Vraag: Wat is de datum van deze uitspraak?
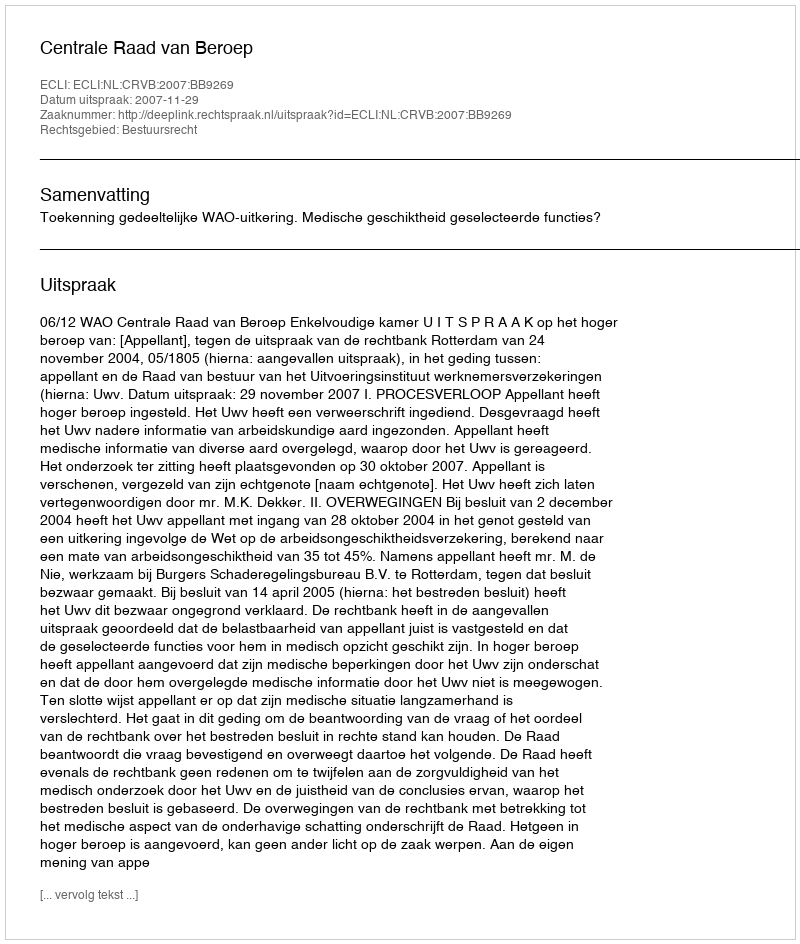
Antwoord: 2007-11-29